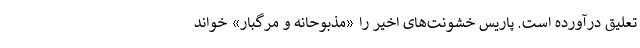
تعلیق درآورده است. پاریس خشونت‌های اخیر را «مذبوحانه و مرگبار» خواند